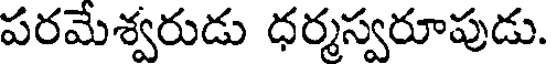
పరమేశ్వరుడు ధర్మస్వరూపుడు.